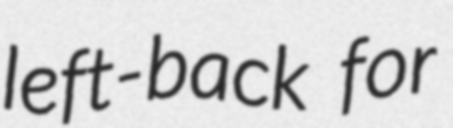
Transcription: left-back for